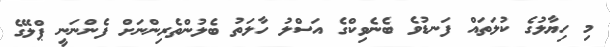
މި ހިޔާލުގެ ކުލަތައް ފަނޑުވެ ބެނެވިކްގެ އަސްލު ހާލަތު ބެލުންތެރިންނަށް ފެންނަނީ ޕްލޭގެ